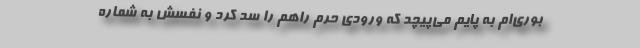
بوری‌ام به پایم می‌پیچد که ورودی حرم راهم را سد کرد و نفسش به شماره